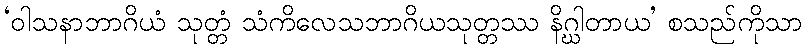
‘ဝါသနာဘာဂိယံ သုတ္တံ သံကိလေသဘာဂိယသုတ္တဿ နိဂ္ဃါတာယ’ စသည်ကိုသာ